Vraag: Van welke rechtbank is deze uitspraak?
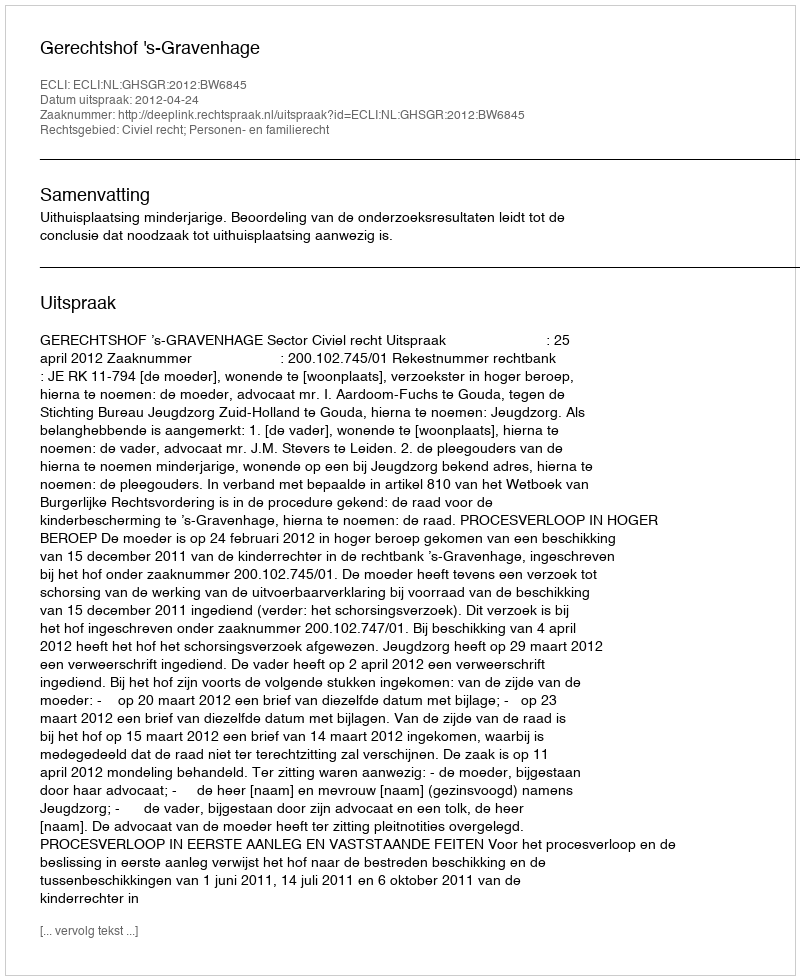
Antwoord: Gerechtshof 's-Gravenhage